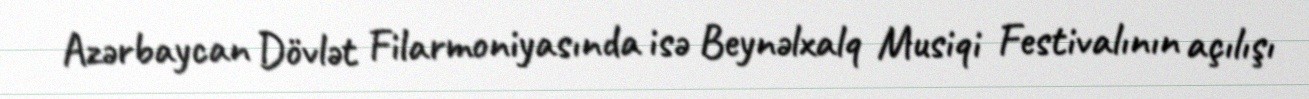
Azərbaycan Dövlət Filarmoniyasında isə Beynəlxalq Musiqi Festivalının açılışı